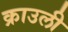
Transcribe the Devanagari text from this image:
क्राउली